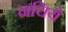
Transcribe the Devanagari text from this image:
नचिये